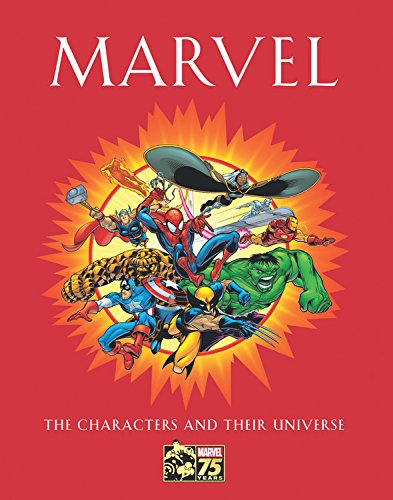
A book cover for Marvel: The Characters and Their Universe; Michael Mallory; Comics & Graphic Novels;